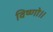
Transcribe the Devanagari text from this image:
विष्णो॥